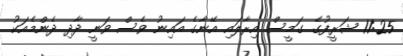
11:25 ޝަރީފުގެ ގަމީސް އިރާލައި އޭނާގެ އައިނު ވެސް ވަނީ ދާދި ދެންމެއަކު